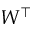
W ^ { \top }